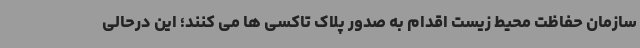
سازمان حفاظت محیط زیست اقدام به صدور پلاک تاکسی ها می کنند؛ این درحالی